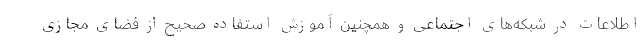
اطلاعات در شبکه‌ھای اجتماعی و همچنین آموزش استفاده صحیح از فضای مجازی